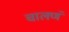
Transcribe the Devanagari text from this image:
चालणं